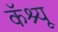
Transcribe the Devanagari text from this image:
कॅश्यू